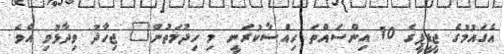
އެގައުމުގެ ޖީޑީޕީގެ 10 އިންސައްތަ ހިއްސާކުރަނީ މި ހިދުމަތުން" ޖިހާދު ވިދާޅުވި އެވެ.